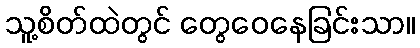
သူ့စိတ်ထဲတွင် တွေဝေနေခြင်းသာ။